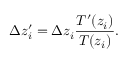
\Delta z _ { i } ^ { \prime } = \Delta z _ { i } \frac { T ^ { \prime } ( z _ { i } ) } { T ( z _ { i } ) } .